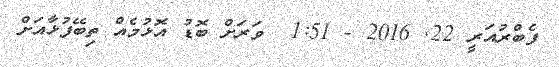
ފެބްރުއަރީ 22